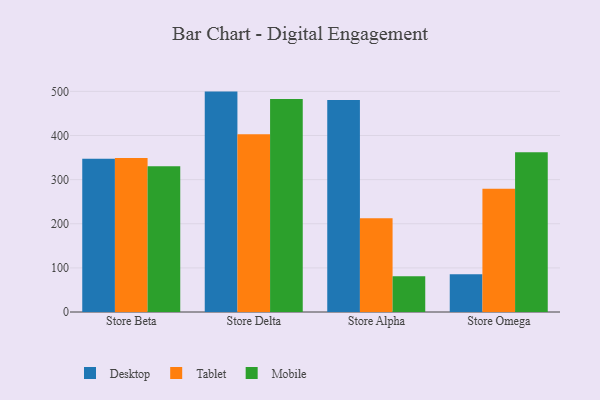
{"axis": {"x": "Store", "y": "Budget (USD K)"}, "legend": ["Desktop", "Mobile", "Tablet"], "data": [{"x": "Store Beta", "y": 347.5, "type": "Desktop"}, {"x": "Store Beta", "y": 348.9, "type": "Tablet"}, {"x": "Store Beta", "y": 330.5, "type": "Mobile"}, {"x": "Store Delta", "y": 499.5, "type": "Desktop"}, {"x": "Store Delta", "y": 402.8, "type": "Tablet"}, {"x": "Store Delta", "y": 482.7, "type": "Mobile"}, {"x": "Store Alpha", "y": 480.3, "type": "Desktop"}, {"x": "Store Alpha", "y": 212.2, "type": "Tablet"}, {"x": "Store Alpha", "y": 81.0, "type": "Mobile"}, {"x": "Store Omega", "y": 85.7, "type": "Desktop"}, {"x": "Store Omega", "y": 279.2, "type": "Tablet"}, {"x": "Store Omega", "y": 361.8, "type": "Mobile"}]}